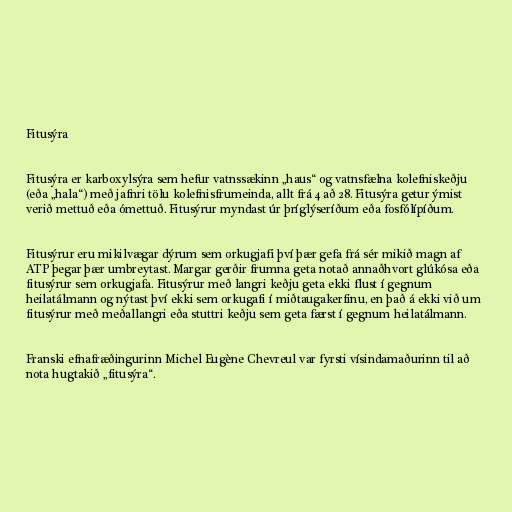
Fitusýra

Fitusýra er karboxylsýra sem hefur vatnssækinn „haus“ og vatnsfælna kolefniskeðju
(eða „hala“) með jafnri tölu kolefnisfrumeinda, allt frá 4 að 28. Fitusýra getur ýmist
verið mettuð eða ómettuð. Fitusýrur myndast úr þríglýseríðum eða fosfólípíðum.

Fitusýrur eru mikilvægar dýrum sem orkugjafi því þær gefa frá sér mikið magn af
ATP þegar þær umbreytast. Margar gerðir frumna geta notað annaðhvort glúkósa eða
fitusýrur sem orkugjafa. Fitusýrur með langri keðju geta ekki flust í gegnum
heilatálmann og nýtast því ekki sem orkugafi í miðtaugakerfinu, en það á ekki við um
fitusýrur með meðallangri eða stuttri keðju sem geta færst í gegnum heilatálmann.

Franski efnafræðingurinn Michel Eugène Chevreul var fyrsti vísindamaðurinn til að
nota hugtakið „fitusýra“.